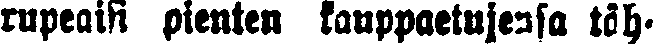
rupeaisi pienten kauppaetujensa täh-